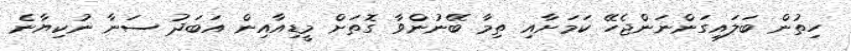
ހިތުން ބަލައިގަންނަންޖެހޭ ކަމަށާއި ތިމާ ބޭނުންވާ ގޮތަށް މީޑިއާއިން އަބަދު ސަނާ ނުކިޔާނެ